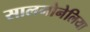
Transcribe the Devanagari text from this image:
सालमोनेलिया